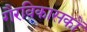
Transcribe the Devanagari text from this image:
गैरविकासकों